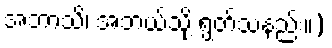
အဘာသိ၊ အဘယ်သို့ ရွတ်သနည်း။)